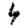
Digit: 4